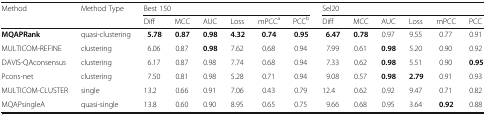
| <ROWSPAN=2> Method | <ROWSPAN=2> Method Type | <COLSPAN=6> Best 150 | <COLSPAN=6> Sel20 |
 | Diff | MCC | AUC | Loss | mPCCa | PCCb | Diff | MCC | AUC | Loss | mPCC | PCC |
 | --- | --- | --- | --- | --- | --- | --- | --- | --- | --- | --- | --- | --- | --- |
 | MQAPRank | quasi-clustering | 5.78 | 0.87 | 0.98 | 4.32 | 0.74 | 0.95 | 6.47 | 0.78 | 0.97 | 9.55 | 0.77 | 0.91 |
 | MULTICOM-REFINE | clustering | 6.06 | 0.87 | 0.98 | 7.62 | 0.68 | 0.94 | 7.99 | 0.61 | 0.98 | 5.20 | 0.90 | 0.92 |
 | DAVIS-QAconsensus | clustering | 6.17 | 0.87 | 0.98 | 7.74 | 0.68 | 0.94 | 7.33 | 0.62 | 0.98 | 5.51 | 0.90 | 0.95 |
 | Pcons-net | clustering | 7.50 | 0.81 | 0.98 | 5.28 | 0.71 | 0.94 | 9.08 | 0.57 | 0.98 | 2.79 | 0.91 | 0.93 |
 | MULTICOM-CLUSTER | single | 13.2 | 0.66 | 0.91 | 7.06 | 0.43 | 0.79 | 12.4 | 0.62 | 0.92 | 9.47 | 0.71 | 0.82 |
 | MQAPsingleA | quasi-single | 13.8 | 0.60 | 0.90 | 8.95 | 0.65 | 0.75 | 9.66 | 0.68 | 0.95 | 3.64 | 0.92 | 0.88 |